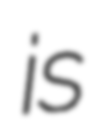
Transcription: is